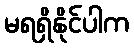
မရရှိနိုင်ပါက